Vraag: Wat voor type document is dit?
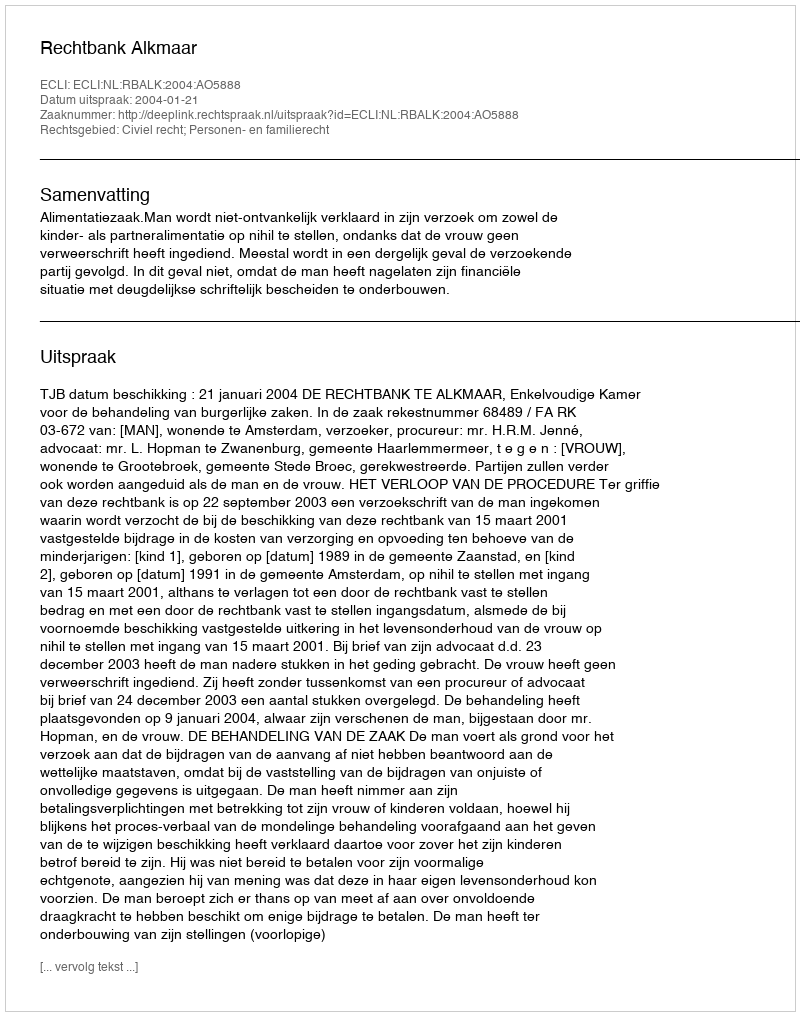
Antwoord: Uitspraak